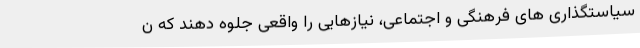
سیاستگذاری های فرهنگی و اجتماعی، نیازهایی را واقعی جلوه دهند که ن